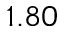
1 . 8 0